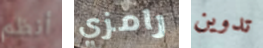
أنظم رامزي تدوين